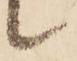
候